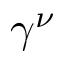
\gamma ^ { \nu }